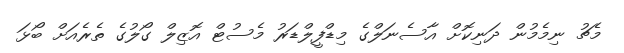
މެޗު ނިމެމުން ދަނިކޮށް އާސެނަލްގެ މިޑްފީލްޑަރު މެސުޓް އޮޒިލް ގޯލުގެ ތެރެއަށް ބޯޅަ